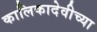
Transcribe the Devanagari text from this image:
कालिकादेवीच्या